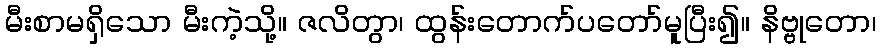
မီးစာမရှိသော မီးကဲ့သို့။ ဇလိတွာ၊ ထွန်းတောက်ပတော်မူပြီး၍။ နိဗ္ဗုတော၊